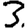
Digit: 3